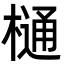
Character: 樋